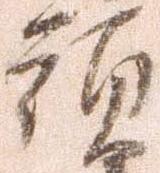
頭